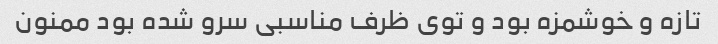
تازه و خوشمزه بود و توی ظرف مناسبی سرو شده بود ممنون